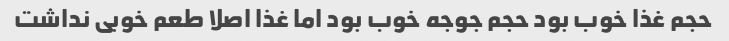
حجم غذا خوب بود حجم جوجه خوب بود اما غذا اصلا طعم خوبی نداشت